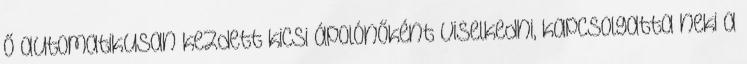
Ő automatikusan kezdett kicsi ápolónőként viselkedni, kapcsolgatta neki a